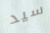
سيد